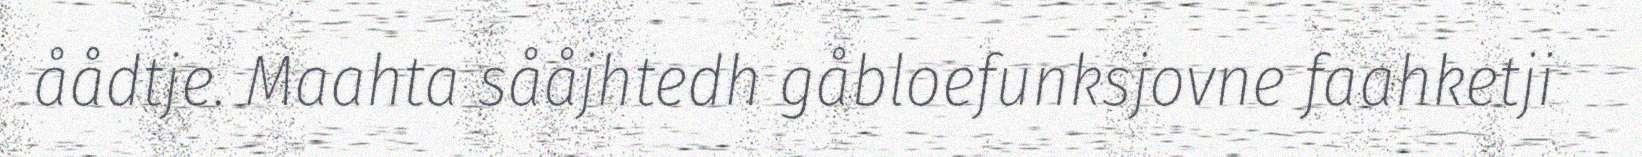
åådtje. Maahta sååjhtedh gåbloefunksjovne faahketji